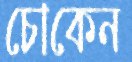
চোকেন